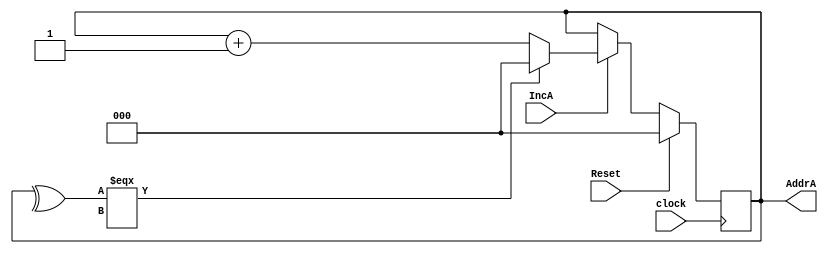
module counterA (AddrA, IncA, Reset,clock);
output reg [2:0] AddrA;
input wire IncA,Reset,clock;

always @ (posedge clock)
begin
if (Reset)
	begin
	//Resetting to 0 on Reset signal
	AddrA <=3'b0;	
	end
else if (IncA)
	begin 
	if(^AddrA === 1'bx)
	AddrA<=0;
	else
	//Incrementing address on Inc signal
    AddrA <= AddrA + 3'b1 ;	
	end
end
endmodule